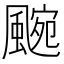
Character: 𮨯